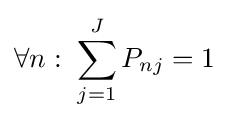
\forall n:\;\sum _{j=1}^{J}P_{nj}=1